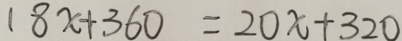
1 8 x + 3 6 0 = 2 0 x + 3 2 0